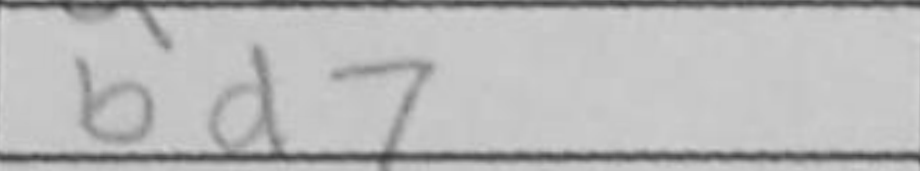
Transcription: bd7